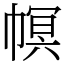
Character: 幎